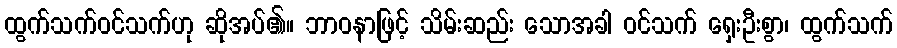
ထွက်သက်ဝင်သက်ဟု ဆိုအပ်၏။ ဘာဝနာဖြင့် သိမ်းဆည်း သောအခါ ဝင်သက် ရှေးဦးစွာ၊ ထွက်သက်